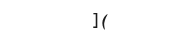
](